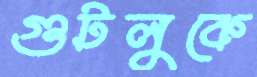
গুটলুকে